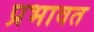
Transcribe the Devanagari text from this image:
प्रभावत